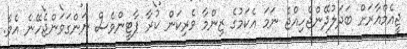
ޖީއެމްއާރަށް ބަދަލުދޭންޖެހިއްޖެ ނަމަ އެކަމުގެ ޒިންމާ ވެރިކަން ކުރާ ޕާޓީންވެސް ނަންގަވަންޖެހޭނެ އެވެ.